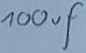
Text: 100uF